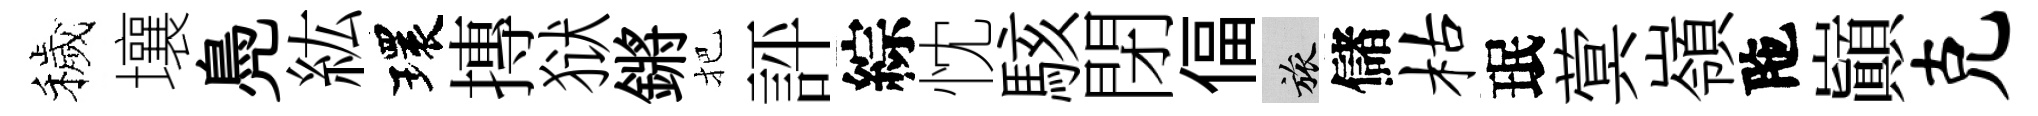
穢壤鳧紘環摶狱鏘把評綜忱駭閉偪旅儲枯珉蓂嶺陁巔克